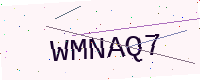
Text: WMNAQ7